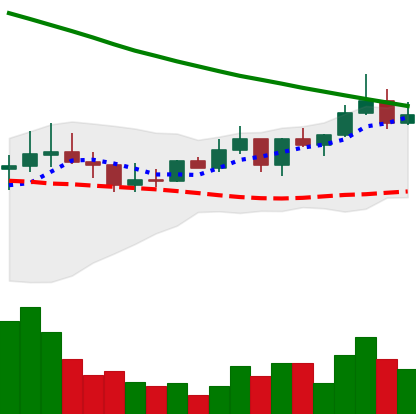
Ticker: ADA-USD
Chart end date: 2022-08-16
Forward return: -16.915%
Label: down_7plus